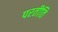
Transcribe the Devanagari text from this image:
परतीति